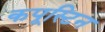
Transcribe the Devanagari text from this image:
कपूस्टिन